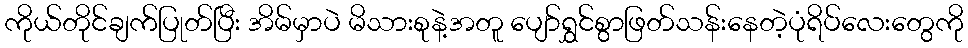
ကိုယ်တိုင်ချက်ပြုတ်ပြီး အိမ်မှာပဲ မိသားစုနဲ့အတူ ပျော်ရွှင်စွာဖြတ်သန်းနေတဲ့ပုံရိပ်လေးတွေကို